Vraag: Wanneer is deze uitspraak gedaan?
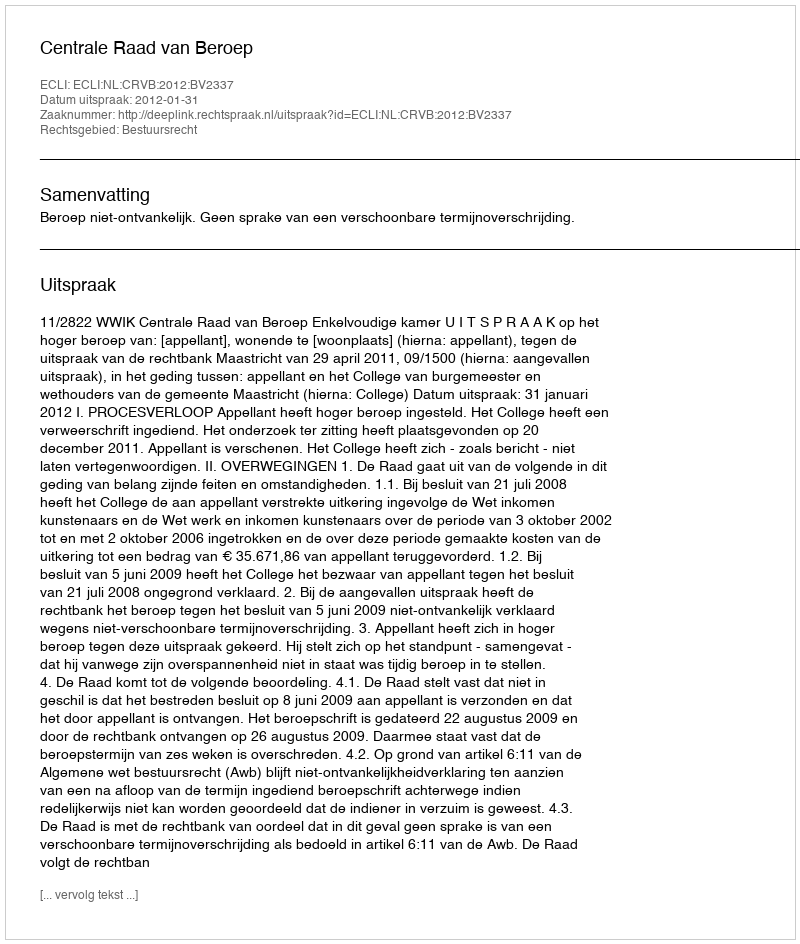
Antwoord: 2012-01-31